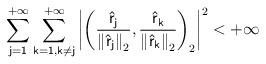
LaTeX: \begin{align*}\sum_{\mathsf{j=1}}^{+\infty }\sum_{\mathsf{k=1},\mathsf{k\neq j}}^{+\infty}\left\vert \left( \frac{\mathsf{\hat{r}}_{\mathsf{j}}}{\left\Vert \mathsf{\hat{r}}_{\mathsf{j}}\right\Vert _{2}},\frac{\mathsf{\hat{r}}_{\mathsf{k}}}{\left\Vert \mathsf{\hat{r}}_{\mathsf{k}}\right\Vert _{2}}\right)_{2}\right\vert ^{2}<+\infty \end{align*}